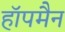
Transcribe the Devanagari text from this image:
हॉपमैन